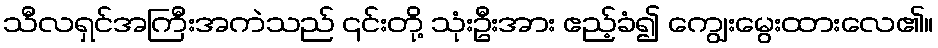
သီလရှင်အကြီးအကဲသည် ၎င်းတို့ သုံးဦးအား ဧည့်ခံ၍ ကျွေးမွေးထားလေ၏။